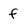
Character: f